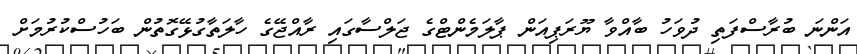
އަންނަ ބުރާސްފަތި ދުވަހު ބާއްވާ ޔޫރަޕިއަން ޕާލަމެންޓްގެ ޖަލްސާގައި ރާއްޖޭގެ ހާލަތާގުޅޭގޮތުން ބަހުސްކުރުމަށް